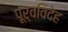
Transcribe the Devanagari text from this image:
पूर्वविदेह